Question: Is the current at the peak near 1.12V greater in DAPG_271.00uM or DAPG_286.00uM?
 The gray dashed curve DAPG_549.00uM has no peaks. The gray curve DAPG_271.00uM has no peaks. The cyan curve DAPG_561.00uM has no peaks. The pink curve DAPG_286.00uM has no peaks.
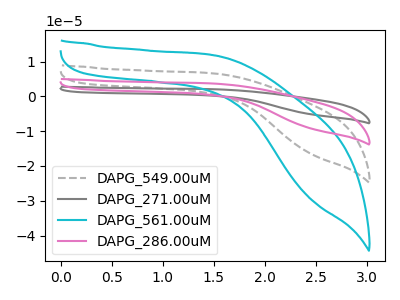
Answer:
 <answer>"DAPG_271.00uM" and "DAPG_286.00uM" dont share a peak at 1.12V.</answer>
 <eval>mismatch</eval>